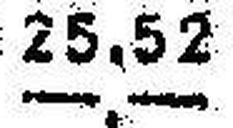
—.—